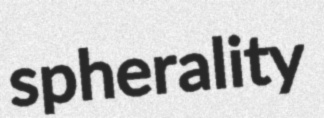
spherality